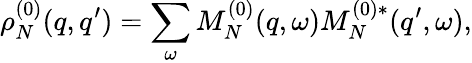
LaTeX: \rho_{N}^{(0)}(q,q^{\prime})=\sum_{\omega}M_{N}^{(0)}(q,\omega)M_{N}^{(0)*}(q^{\prime},\omega),